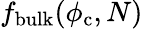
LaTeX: f_{\mathrm{bulk}}(\phi_{\mathrm{c}},N)